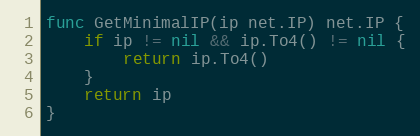
Language: Go
func GetMinimalIP(ip net.IP) net.IP {
	if ip != nil && ip.To4() != nil {
		return ip.To4()
	}
	return ip
}